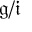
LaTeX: { \mathfrak { g } } / { \mathfrak { i } }